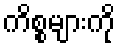
ကိစ္စများကို